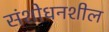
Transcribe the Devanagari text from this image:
संशोधनशील